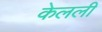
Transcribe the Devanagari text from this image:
केलली